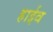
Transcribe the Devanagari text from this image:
हाईव